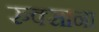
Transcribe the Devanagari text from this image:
रुक्साना